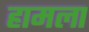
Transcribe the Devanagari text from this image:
हामला